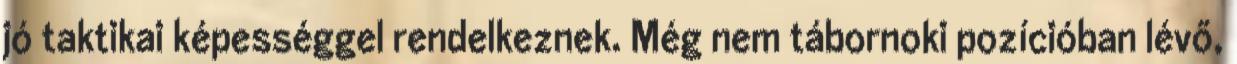
jó taktikai képességgel rendelkeznek. Még nem tábornoki pozícióban lévő,